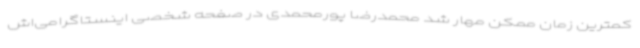
کمترین زمان ممکن مهار شد محمدرضا پورمحمدی در صفحه شخصی اینستاگرامی‌اش